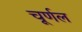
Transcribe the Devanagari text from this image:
चूर्णल